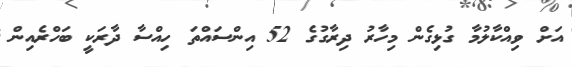
އަށް ވިއްކާލުމާ ގުޅިގެން މިހާރު ދިރާގުގެ 52 އިންސައްތަ ހިއްސާ ދާރަކީ ބަހްރެއިން